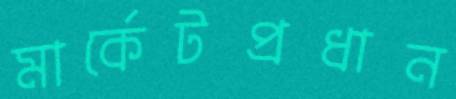
মার্কেটপ্রধান